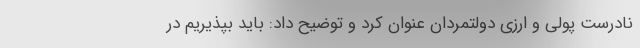
نادرست پولی و ارزی دولتمردان عنوان کرد و توضیح داد: باید بپذیریم در